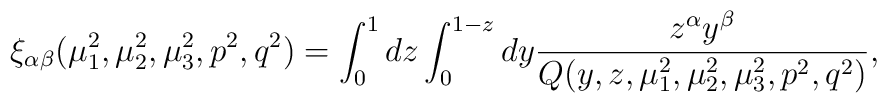
\xi _{\alpha \beta }(\mu _{1}^{2},\mu _{2}^{2},\mu_{3}^{2},p^{2},q^{2})=\int_{0}^{1}dz\int_{0}^{1-z}dy\frac{z^{\alpha}y^{\beta }}{Q(y,z,\mu _{1}^{2},\mu _{2}^{2},\mu _{3}^{2},p^{2},q^{2})},